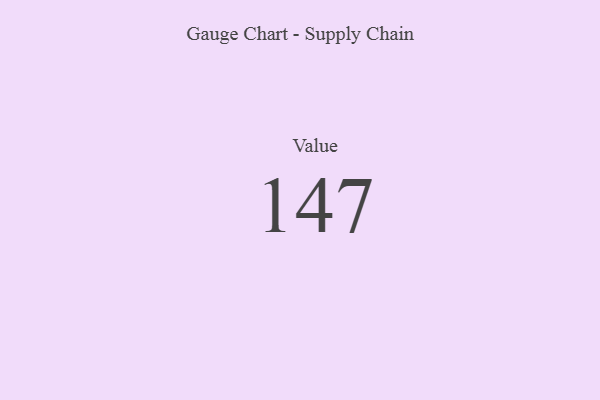
{"axis": {"x": "Metric", "y": "Value"}, "legend": [""], "data": [{"x": "Value", "y": 147, "type": ""}]}